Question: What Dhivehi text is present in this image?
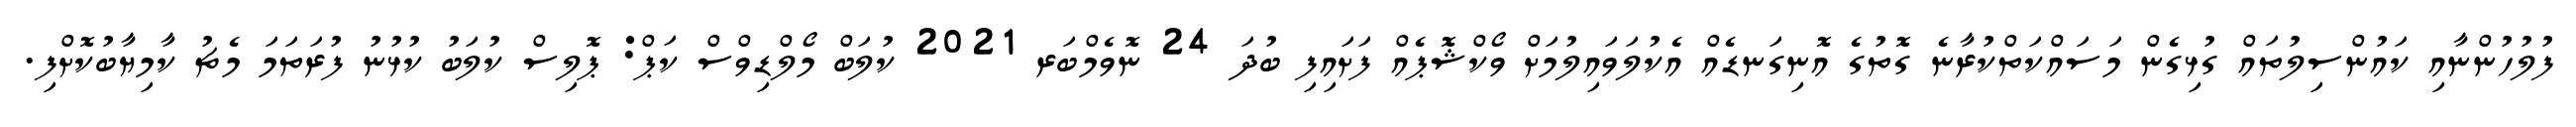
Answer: ފުލުހުންނާއި ކައުންސިލުތައް ގުޅިގެން މަސައްކަތްކުރާނެ ގޮތުގެ އޮނިގަނޑެއް އެކުލަވައިލުމަށް ވޯކްޝޮޕެއް ފަށައިފި ބުދަ 24 ނޮވެމްބަރ 2021 ކުލަބް މޯލްޑިވްސް ކަޕް: ޕޮލިސް ކުލަބު ކުޅުނު ފުރަތަމަ މެޗު ކާމިޔާބުކޮށްފި.